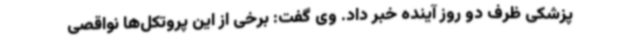
پزشکی ظرف دو روز آینده خبر داد. وی گفت: برخی از این پروتکل‌ها نواقصی